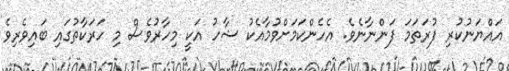
އައްޔަނުކުރި ފުރަތަމަ ފަންނާނެވެ. އެހެންކަމަށްވުމާއެކު ޝާހު އަކީ މިހާރުވެސް މި ހަރަކާތުގައި ބައިވެރިވެ